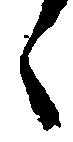
々